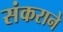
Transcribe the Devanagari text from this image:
संकराने